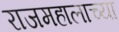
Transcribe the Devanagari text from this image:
राजमहालाच्या